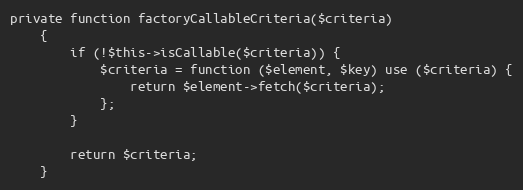
Language: PHP
private function factoryCallableCriteria($criteria)
    {
        if (!$this->isCallable($criteria)) {
            $criteria = function ($element, $key) use ($criteria) {
                return $element->fetch($criteria);
            };
        }

        return $criteria;
    }